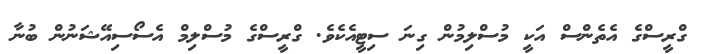
ގްރީސްގެ އެތެންސް އަކީ މުސްލިމުން ގިނަ ސިޓީއެކެވެ. ގްރީސްގެ މުސްލިމް އެސޯސިއޭޝަނުން ބުނާ